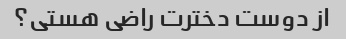
از دوست دخترت راضی هستی؟